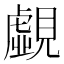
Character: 覷